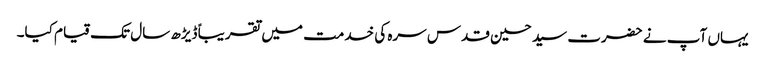
یہاں آپ نے حضرت سید حسین قدس سرہ کی خدمت میں تقریباً ڈیڑھ سال تک قیام کیا۔